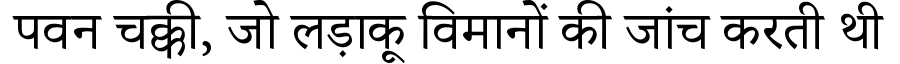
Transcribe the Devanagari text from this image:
पवन चक्की, जो लड़ाकू विमानों की जांच करती थी